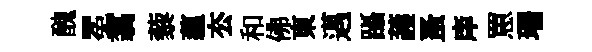
醜冕翥藜蘊厺和佛東邁躡䕶蚤庠罳珊